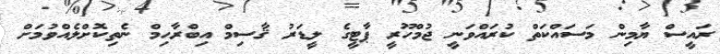
ރައީސް ޔާމިން މަސައްކަތް ކުރައްވަނީ ޖުމްހޫރީ ޕާޓީގެ ލީޑަރު ޤާސިމް އިބްރާހިމް ނެތިކޮށްލެއްވުމަށް